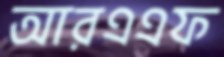
আরএএফ